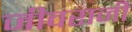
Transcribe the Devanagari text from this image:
जीवरानी